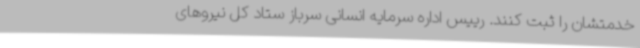
خدمتشان را ثبت کنند. رییس اداره سرمایه انسانی سرباز ستاد کل نیروهای